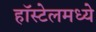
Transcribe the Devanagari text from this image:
हॉस्टेलमध्ये